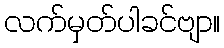
လက်မှတ်ပါခင်ဗျာ။